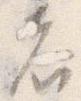
者